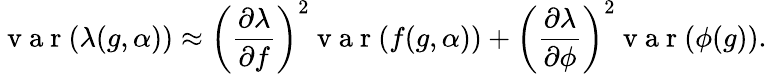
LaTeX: \mathrm{~v~a~r~}(\lambda(g,\alpha))\approx\left(\frac{\partial\lambda}{\partial f}\right)^{2}\mathrm{~v~a~r~}(f(g,\alpha))+\left(\frac{\partial\lambda}{\partial\phi}\right)^{2}\mathrm{~v~a~r~}(\phi(g)).